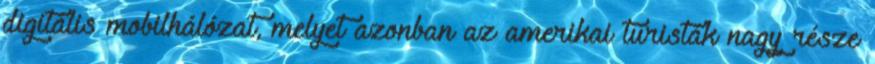
digitális mobilhálózat, melyet azonban az amerikai turisták nagy része